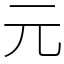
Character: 元